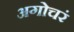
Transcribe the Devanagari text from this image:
अगोचरं